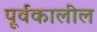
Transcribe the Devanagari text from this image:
पूर्वकालील